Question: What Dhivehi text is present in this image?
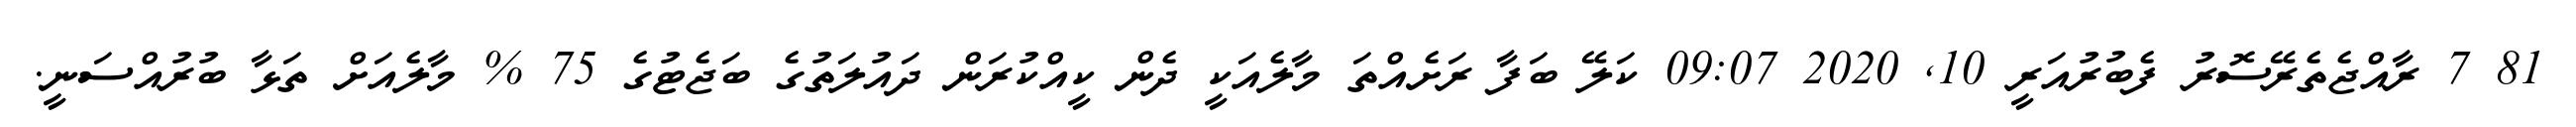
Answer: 81 7 ރާއްޖެތެރޭސޮރު ފެބުރުއަރީ 10, 2020 09:07 ކަލޭ ބަފާ ރަށެއްތަ މާލެއަކީ ދެން ކީއްކުރަން ދައުލަތުގެ ބަޖެޓުގެ 75 % މާލެއަށް ތަޅާ ބުރުއްސަނީ.